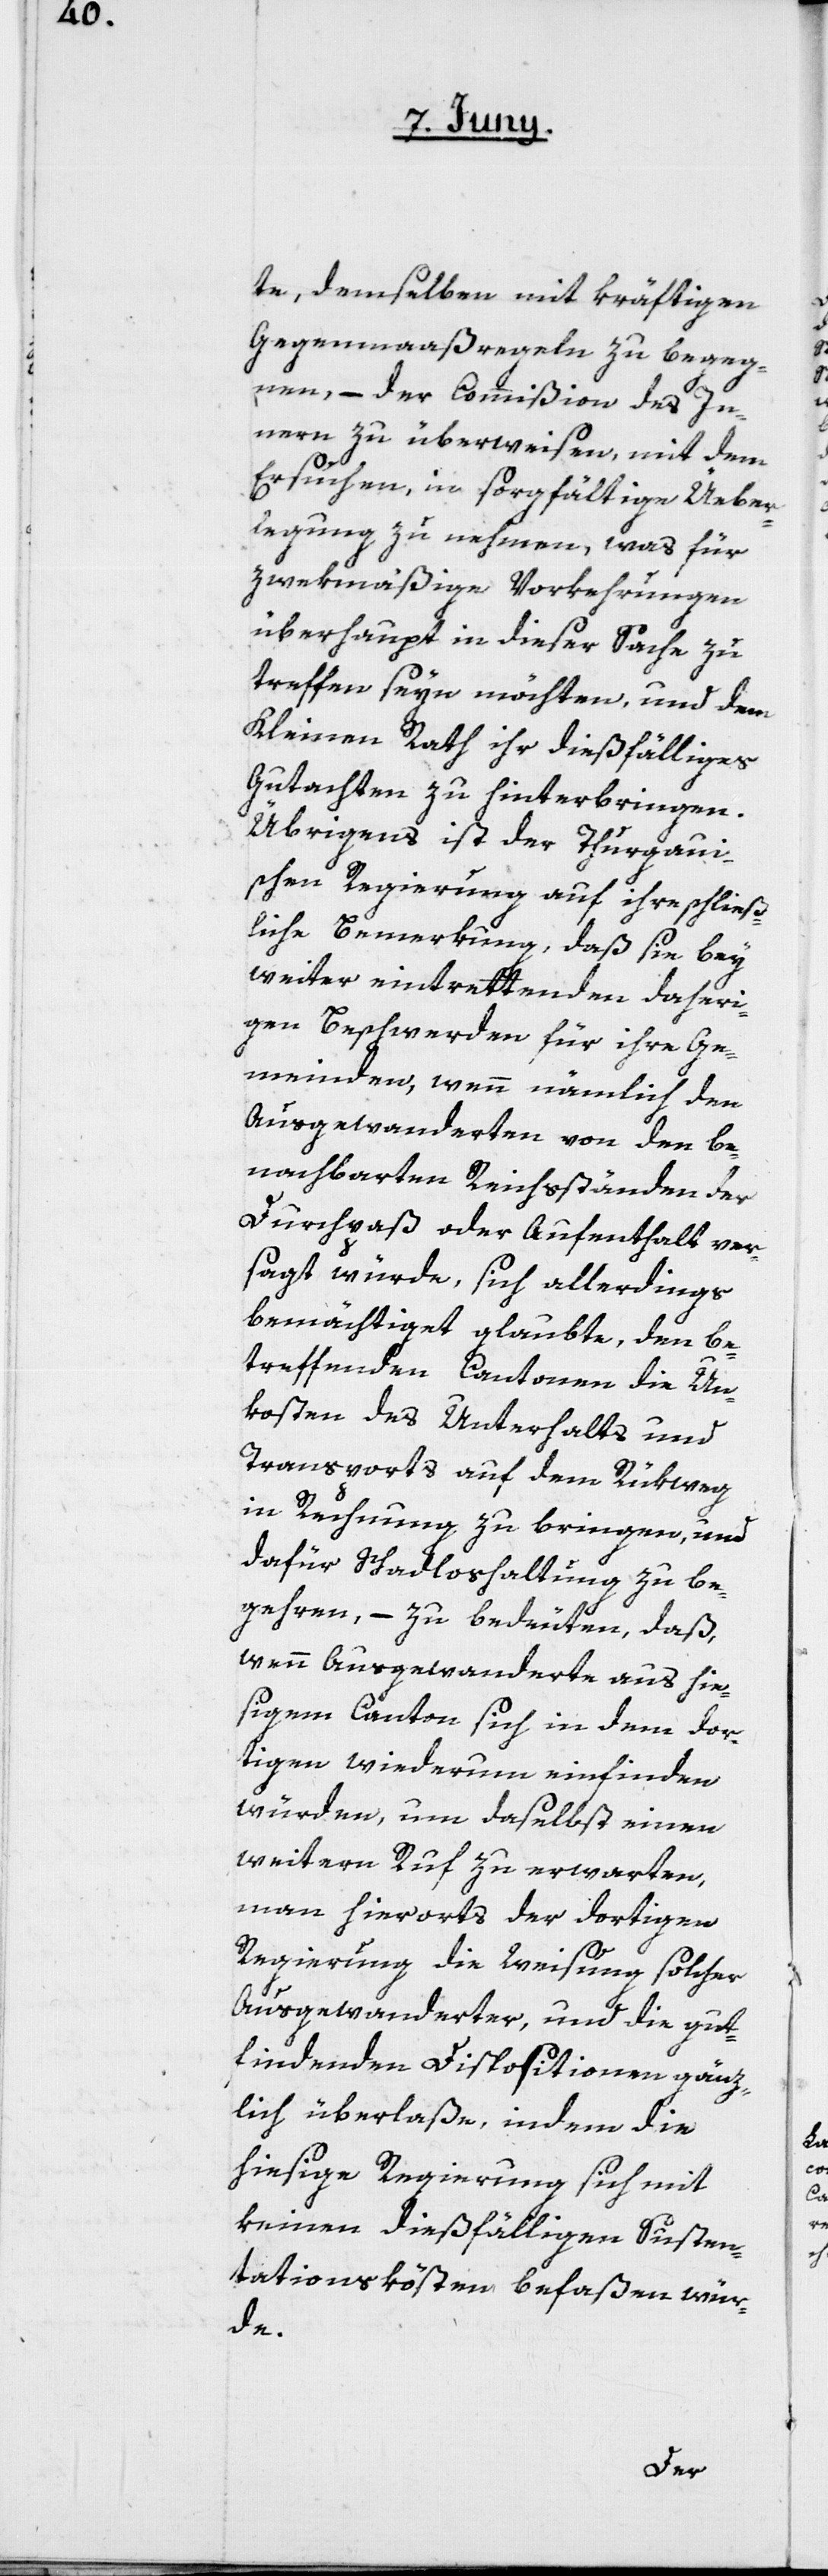
te, demselben mit kräftigen
Gegenmaaßregeln zu begeg¬
nen, – der Commißion des In¬
nern zu überweisen, mit dem
Ersuchen, in sorgfältige Üeber¬
legung zu nehmen, was für
zwekmäßige Vorkehrungen
überhaupt in dieser Sache zu
treffen seyn möchten, und dem
Kleinen Rath ihr dießfälliges
Gutachten zu hinterbringen.
Übrigens ist der Thurgaui¬
schen Regierung auf ihre schließ¬
liche Bemerkung, daß sie bey
weiter eintrettenden daheri¬
gen Beschwerden für ihre Ge¬
meinden, wenn nämlich den
Ausgewanderten von den be¬
nachbarten Reichsständen der
Durchpaß oder Aufenthalt ver¬
sagt würde, sich allerdings
bemächtiget glaubte, den be¬
treffenden Cantonen die Un¬
kosten des Unterhalts und
Transports auf dem Rükweg
in Rechnung zu bringen, und
dafür Schadloshaltung zu be¬
gehren, – zu bedeuten, daß,
wenn Ausgewanderte aus hie¬
sigem Canton sich in dem dor¬
tigen wiederum einfinden
würden, um daselbst einen
weiteren Ruf zu erwarten,
man hierorts der dortigen
Regierung die Weisung solcher
Ausgewanderter, und die gut¬
findenden Dispositionen gänz¬
lich überlaße, indem die
hiesige Regierung sich mit
keinen dießfälligen Suspen¬
tationskösten befaßen wür¬
de.